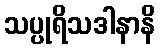
သပ္ပုရိသဒါနာနိ